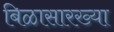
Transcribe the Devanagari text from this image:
बिळासारख्या